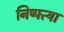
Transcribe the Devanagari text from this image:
निष्पत्त्या